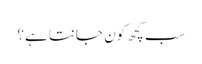
سب کچھ کون جانتا ہے؟